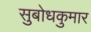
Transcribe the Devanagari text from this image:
सुबोधकुमार